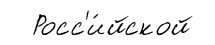
Росс'и́йской